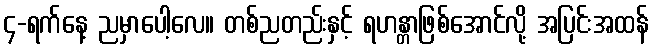
၄-ရက်နေ့ ညမှာပေါ့လေ။ တစ်ညတည်းနှင့် ရဟန္တာဖြစ်အောင်လို့ အပြင်းအထန်